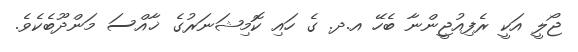
ޖޯލީ އަކީ ރެފިއުޖީންނާ ބެހޭ އ.ދ. ގެ ހައި ކޮމިޝަނަރުގެ ޚާއްސަ މަންދޫބެކެވެ.